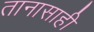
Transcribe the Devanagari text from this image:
तानासाही